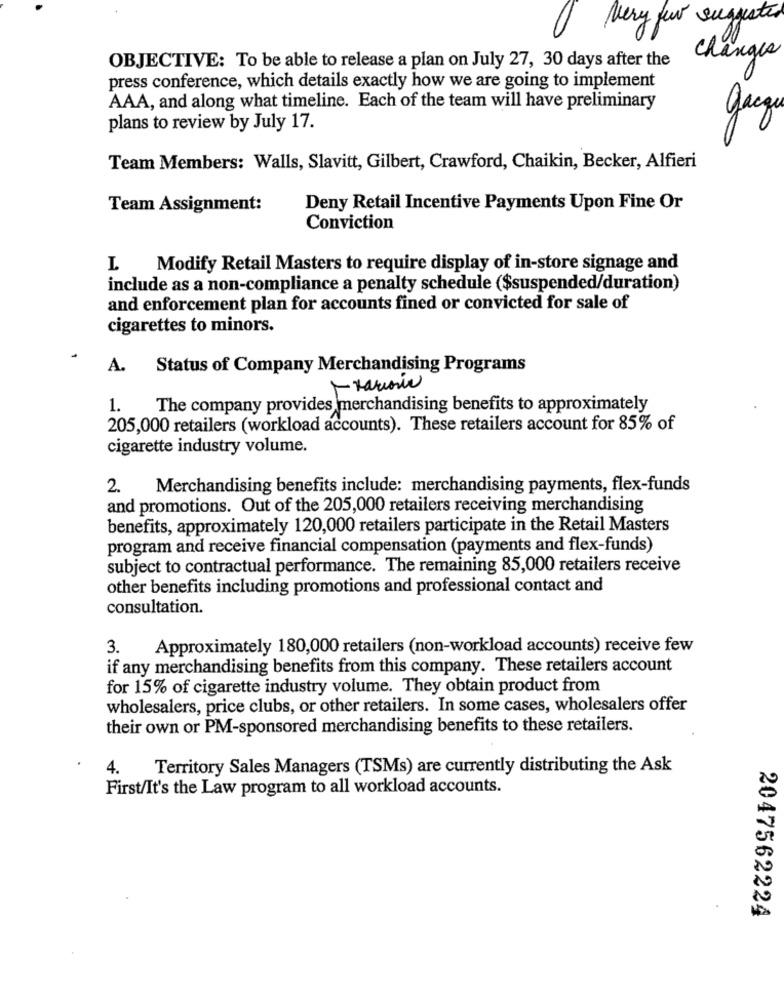
very few suggested
changes
OBJECTIVE: To be able to release a plan on July 27, 30 days after the
press conference, which details exactly how we are going to implement
AAA, and along what timeline. Each of the team will have preliminary
gacge
plans to review by July 17.
Team Members: Walls, Slavitt, Gilbert, Crawford, Chaikin, Becker, Alfieri
Team Assignment:
Deny Retail Incentive Payments Upon Fine Or
Conviction
I Modify Retail Masters to require display of in-store signage and
include as a non-compliance a penalty schedule ($suspended/duration)
and enforcement plan for accounts fined or convicted for sale of
cigarettes to minors.
A.
Status of Company Merchandising Programs
1.
The company provides merchandising benefits to approximately
205,000 retailers (workload accounts). These retailers account for 85% of
cigarette industry volume.
2. Merchandising benefits include: merchandising payments, flex-funds
and promotions. Out of the 205,000 retailers receiving merchandising
benefits, approximately 120,000 retailers participate in the Retail Masters
program and receive financial compensation (payments and flex-funds)
subject to contractual performance. The remaining 85,000 retailers receive
other benefits including promotions and professional contact and
consultation.
3.
Approximately 180,000 retailers (non-workload accounts) receive few
if any merchandising benefits from this company. These retailers account
for 15% of cigarette industry volume. They obtain product from
wholesalers, price clubs, or other retailers. In some cases, wholesalers offer
their own or PM-sponsored merchandising benefits to these retailers.
4.
Territory Sales Managers (TSMs) are currently distributing the Ask
First/It's the Law program to all workload accounts.
2047562224